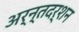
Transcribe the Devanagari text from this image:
अर्न्तदर्शन